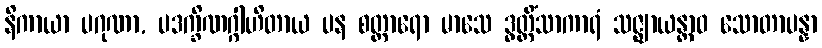
နိကာယာ ပဂုဏာ, ပဒက္ခိဏဂ္ဂါဟိတာယ ပန စတ္တာရော မာသေ ဒွတ္တိံသာကာရံ သဇ္ဈာယန္တာဝ သောတာပန္နာ